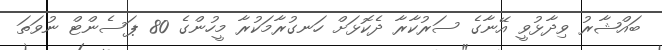
ބައްޝާރު ވިދާޅުވީ އޭނާގެ ސަރުކާރާ ދެކޮޅަށް ހަނގުރާމަކުރާ މީހުންގެ 80 ޕަސެންޓް ނުވަތަ